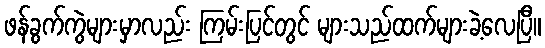
ဖန်ခွက်ကွဲများမှာလည်း ကြမ်းပြင်တွင် များသည်ထက်များခဲ့လေပြီ။